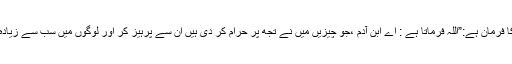
امام محمد باقر علیہ السلام کا فرمان ہے:”اللہ فرماتا ہے : اے ابن آدم ،جو چیزیں میں نے تجھ پر حرام کر دی ہیں ان سے پرہیز کر اور لوگوں میں سب سے زیادہ متقی و پرہیز گار بن جا ”۔